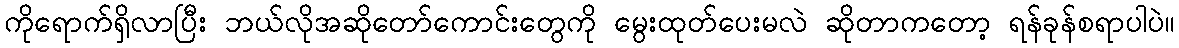
ကိုရောက်ရှိလာပြီး ဘယ်လိုအဆိုတော်ကောင်းတွေကို မွေးထုတ်ပေးမလဲ ဆိုတာကတော့ ရန်ခုန်စရာပါပဲ။